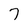
Character: 7